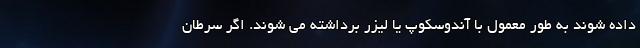
داده شوند به طور معمول با آندوسکوپ یا لیزر برداشته می شوند. اگر سرطان